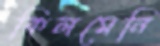
কিলমেনি